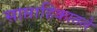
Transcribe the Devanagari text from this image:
साप्ताहिकातले